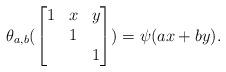
LaTeX: \begin{align*} \theta_{a,b}(\begin{bmatrix}1&x&y\\&1\\&&1\end{bmatrix})=\psi(ax+by).\end{align*}